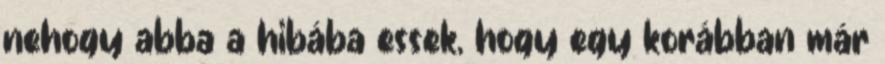
nehogy abba a hibába essek, hogy egy korábban már